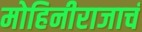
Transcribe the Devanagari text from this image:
मोहिनीराजाचं